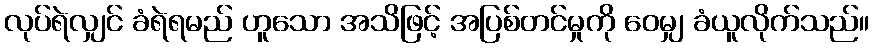
လုပ်ရဲလျှင် ခံရဲရမည် ဟူသော အသိဖြင့် အပြစ်တင်မှုကို ဝေမျှ ခံယူလိုက်သည်။